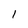
Character: 1